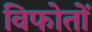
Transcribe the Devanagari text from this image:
विफोतों